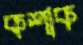
কশাক